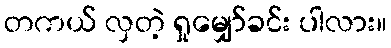
တကယ် လှတဲ့ ရှုမျှော်ခင်း ပါလား။